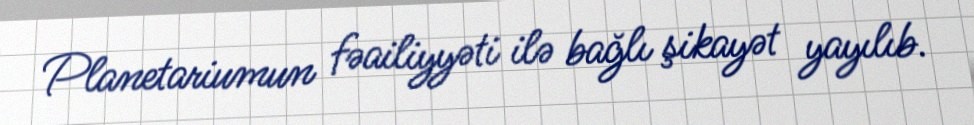
Planetariumun fəailiyyəti ilə bağlı şikayət yayılıb.